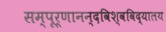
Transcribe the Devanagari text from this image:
सम्पूर्णानन्दविश्वविद्यालय